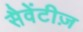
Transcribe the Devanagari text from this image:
सैवेंटीज़